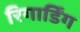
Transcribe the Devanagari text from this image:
रिगार्डिंग